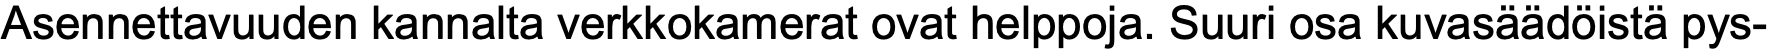
Asennettavuuden kannalta verkkokamerat ovat helppoja. Suuri osa kuvasäädöistä pys-